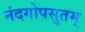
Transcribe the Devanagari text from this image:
नंदगोपसुतम्